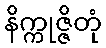
နိက္ကုဇ္ဇိတုံ